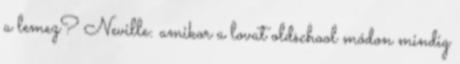
a lemez? Neville: amikor a lovat oldschool módon mindig